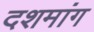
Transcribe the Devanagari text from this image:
दशमांग